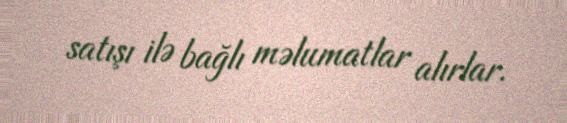
satışı ilə bağlı məlumatlar alırlar.